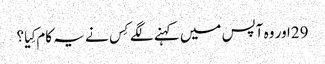
29اور وہ آپس میں کہنے لگے کِس نے یہ کام کِیا؟